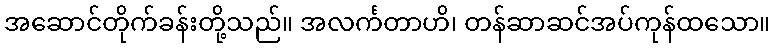
အဆောင်တိုက်ခန်းတို့သည်။ အလင်္ကတာဟိ၊ တန်ဆာဆင်အပ်ကုန်ထသော။